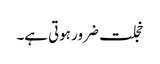
خجلت ضرور ہوتی ہے۔